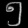
Digit: ၅